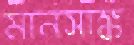
মানসাঙ্ক